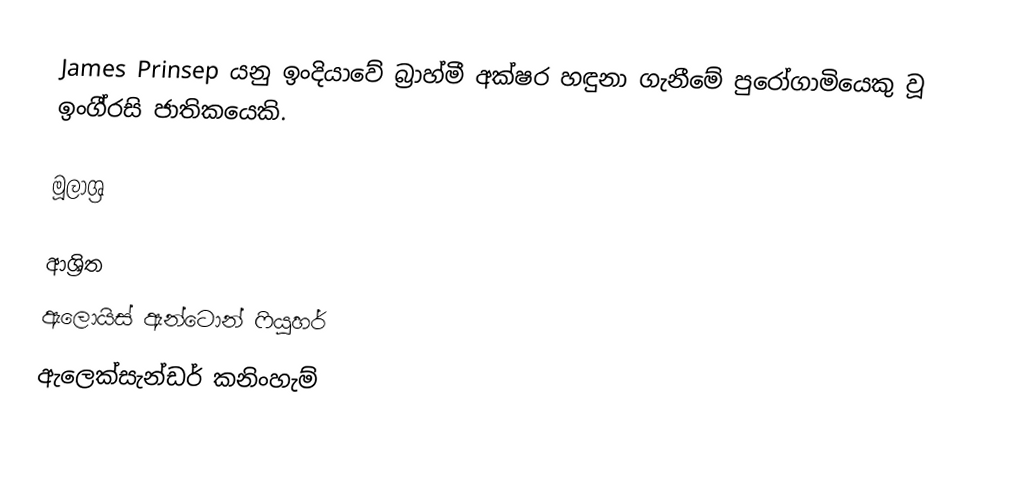
James Prinsep යනු ඉංදියාවේ බ්‍රාහ්මී අක්‌ෂර හඳුනා ගැනීමේ පුරෝගාමියෙකු වූ ඉංගී්‍රසි ජාතිකයෙකි.

මූලාශ්‍ර

ආශ්‍රිත
 ඇලොයිස් ඇන්ටොන් ෆියුහර්
 ඇලෙක්සැන්ඩර් කනිංහැම්